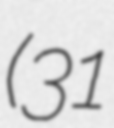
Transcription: (31